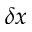
\delta x